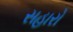
સહારો